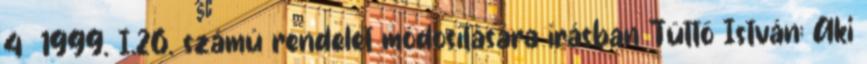
4 1999. I.26. számú rendelet módosítására írásban Tüttő István: Aki